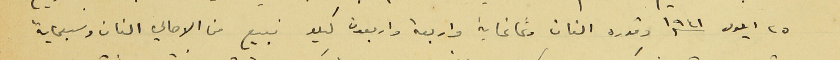
٢٥ ايلول ١٩٤١ وقدره الفان وثمانماية واربعة واربعون كيلو فبيع من الاهالي الفان وسبعماية